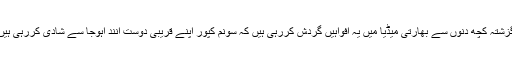
گزشتہ کچھ دنوں سے بھارتی میڈیا میں یہ افواہیں گردش کررہی ہیں کہ سونم کپور اپنے قریبی دوست آنند آہوجا سے شادی کررہی ہیں۔